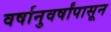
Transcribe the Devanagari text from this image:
वर्षानुवर्षांपासून